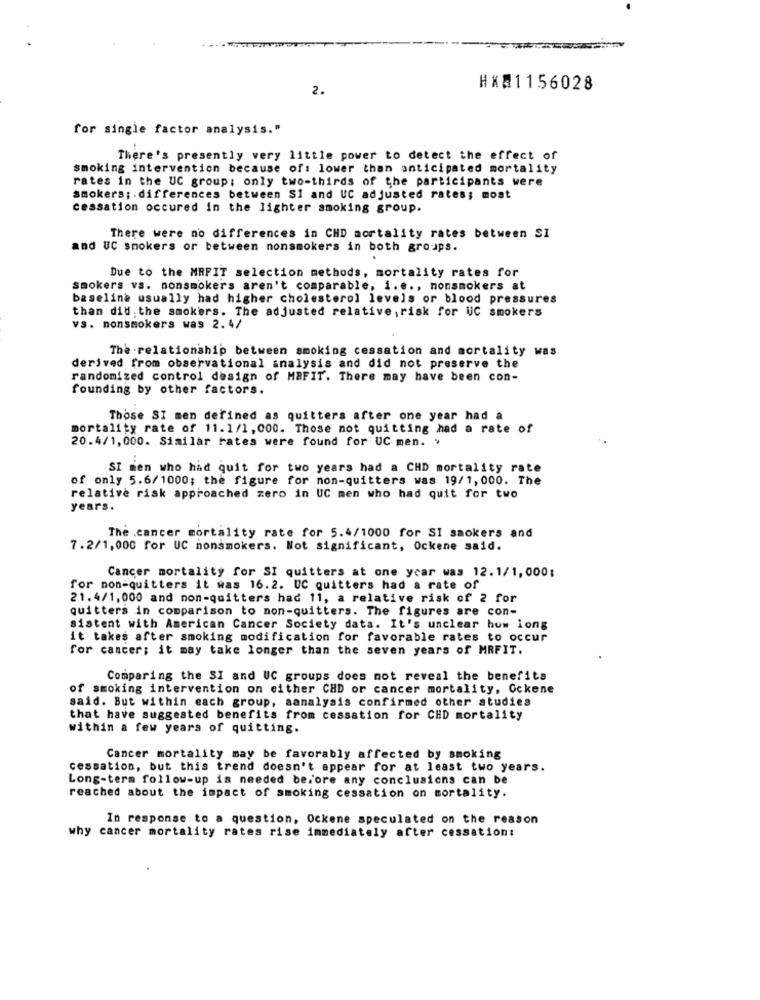
2.
HX21156028
for single factor analysis."
There's presently very little power to detect the effect of
smoking intervention because of: lower than anticipated mortality
rates in the UC group; only two-thirds of the participants were
smokers; . differences between SI and UC adjusted rates; most
cessation occured in the lighter smoking group.
There were no differences in CHD mortality rates between SI
and UC smokers or between nonsmokers in both groups.
Due to the MRFIT selection methods, mortality rates for
smokers vs. nonsmokers aren't comparable, i.e ., nonsmokers at
baseline usually had higher cholesterol levels or blood pressures
than did the smokers. The adjusted relative, risk for UC smokers
vs. nonsmokers was 2.4/
The relationship between smoking cessation and mortality was
derived from observational analysis and did not preserve the
randomized control design of MRFIT. There may have been con-
founding by other factors.
Those SI men defined as quitters after one year had a
mortality rate of 11.1/1,000. Those not quitting had a rate of
20.4/1,000. Similar rates were found for UC men. ›
SI men who had quit for two years had a CHD mortality rate
of only 5.6/1000; the figure for non-quitters was 19/1, 000. The
relative risk approached zero in UC men who had quit for two
years.
The .cancer mortality rate for 5.4/1000 for SI smokers and
7.2/1,000 for UC nonsmokers. Not significant, Ockene said.
Cancer mortality for SI quitters at one ycar was 12.1/1,000;
for non-quitters it was 16.2. UC quitters had a rate of
21.4/1,000 and non-quitters had 11, a relative risk of 2 for
quitters in comparison to non-quitters. The figures are con-
sistent with American Cancer Society data. It's unclear how long
it takes after smoking modification for favorable rates to occur
for cancer; it may take longer than the seven years of MRFIT.
Comparing the SI and UC groups does not reveal the benefits
of smoking intervention on either CHD or cancer mortality, Ockene
said. But within each group, aanalysis confirmed other studies
that have suggested benefits from cessation for CHD mortality
within a few years of quitting.
Cancer mortality may be favorably affected by smoking
cessation, but this trend doesn't appear for at least two years.
Long-term follow-up is needed before any conclusions can be
reached about the impact of smoking cessation on mortality.
In response to a question, Ockene speculated on the reason
why cancer mortality rates rise immediately after cessation: